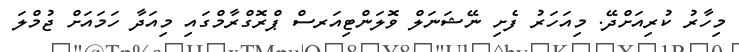
މިހާރު ކުރިއަށްދޭ. މިއަހަރު ފެށި ނޭޝަނަލް ވޮލަންޓިއަރސް ޕްރޮގްރާމްގައި މިއަދާ ހަމައަށް ޖުމްލަ